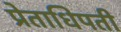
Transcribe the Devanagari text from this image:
प्रेताधिपती